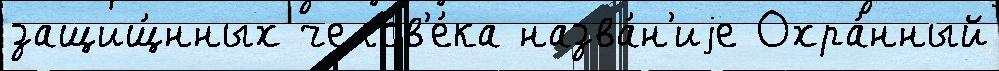
защищ́нных челов'е́ка назва́н'иjе Охра́нный